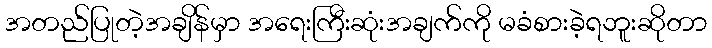
အတည်ပြုတဲ့အချိန်မှာ အရေးကြီးဆုံးအချက်ကို မခံစားခဲ့ရဘူးဆိုတာ